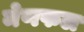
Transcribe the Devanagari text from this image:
मेणफल